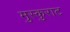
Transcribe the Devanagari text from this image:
मुस्कुराट